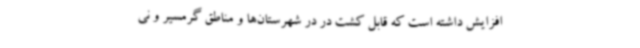
افزایش داشته است که قابل کشت در در شهرستان‌ها و مناطق گرمسیر و نی